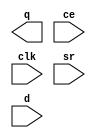
module AL_MAP_SEQ (
	output q,
	input ce,
	input clk,
	input sr,
	input d
);
	parameter DFFMODE = "FF"; //FF,LATCH
	parameter REGSET = "RESET"; //RESET/SET
	parameter SRMUX = "SR"; //SR/INV
	parameter SRMODE = "SYNC"; //SYNC/ASYNC
endmodule

module AL_MAP_LUT1 (
	output o,
	input a
);
	parameter [1:0] INIT = 2'h0;
	parameter EQN = "(A)";
	assign o = INIT >> a;
endmodule

module AL_MAP_LUT2 (
	output o,
	input a,
	input b
);
	parameter [3:0] INIT = 4'h0;
	parameter EQN = "(A)";
	assign o = INIT >> {b, a};
endmodule

module AL_MAP_LUT3 (
	output o,
	input a,
	input b,
	input c
);
	parameter [7:0] INIT = 8'h0;
	parameter EQN = "(A)";
	assign o = INIT >> {c, b, a};
endmodule

module AL_MAP_LUT4 (
	output o,
	input a,
	input b,
	input c,
	input d
);
	parameter [15:0] INIT = 16'h0;
	parameter EQN = "(A)";
	assign o = INIT >> {d, c, b, a};
endmodule

module AL_MAP_LUT5 (
	output o,
	input a,
	input b,
	input c,
	input d,
	input e
);
	parameter [31:0] INIT = 32'h0;
	parameter EQN = "(A)";
	assign o = INIT >> {e, d, c, b, a};
endmodule


module AL_MAP_LUT6 (
	output o,
	input a,
	input b,
	input c,
	input d,
	input e,
	input f
);
	parameter [63:0] INIT = 64'h0;
	parameter EQN = "(A)";
	assign o = INIT >> {f, e, d, c, b, a};
endmodule

module AL_MAP_ALU2B (
   input cin,
   input a0, b0, c0, d0,
   input a1, b1, c1, d1,
   output s0, s1, cout
);
	parameter [15:0] INIT0 = 16'h0000;
	parameter [15:0] INIT1 = 16'h0000;
	parameter FUNC0 = "NO";
	parameter FUNC1 = "NO";
endmodule

module AL_MAP_ADDER (
  input a,
  input b,
  input c,
  output [1:0] o
);
	parameter ALUTYPE = "ADD";
endmodule